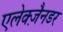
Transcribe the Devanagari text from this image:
एलेक्ज़ैनडर